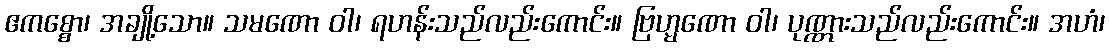
ဧကစ္စော၊ အချို့သော။ သမဏော ဝါ၊ ရဟန်းသည်လည်းကောင်း။ ဗြဟ္မဏော ဝါ၊ ပုဏ္ဏားသည်လည်းကောင်း။ အဟံ၊